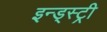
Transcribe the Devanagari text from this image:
इन्ड्स्ट्री